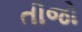
તીજો